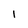
Character: I